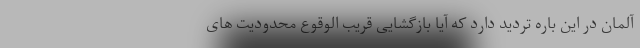
آلمان در این باره تردید دارد که آیا بازگشایی قریب الوقوع محدودیت های